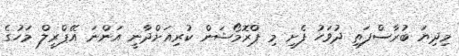
މިދިޔަ ބުރާސްފަތި ދުވަހު ފެށި މި ޕްރޮމޯޝަން ކުރިއަށްދާނީ އަންނަ އޭޕްރީލް މަހުގެ